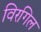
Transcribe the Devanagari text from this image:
विरगिल